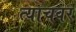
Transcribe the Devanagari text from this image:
त्याचवर